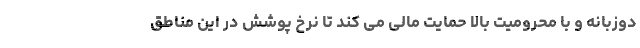
دوزبانه و با محرومیت بالا حمایت مالی می کند تا نرخ پوشش در این مناطق